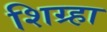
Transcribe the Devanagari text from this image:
शिग्र्हा